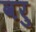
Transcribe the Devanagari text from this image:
वरु